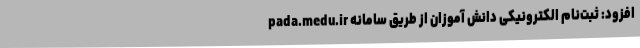
افزود: ثبت‌نام الکترونیکی دانش آموزان از طریق سامانه pada.medu.ir